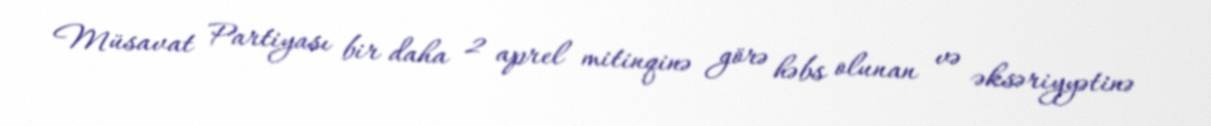
Müsavat Partiyası bir daha 2 aprel mitinqinə görə həbs olunan və əksəriyyətinə